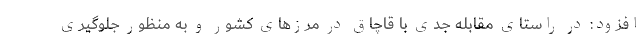
افزود: در راستای مقابله جدی با قاچاق در مرزهای کشور و به منظور جلوگیری